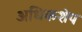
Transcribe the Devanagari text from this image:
अधिकशेप